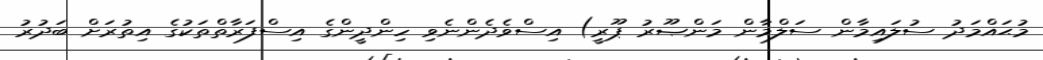
މުޙައްމަދު ސުލައިމާން ސަލްމާން މަންޞޫރު ޕޫރީ) އިސްވެދެންނެވި ހިންދީންގެ އިސްފަރާތްތަކުގެ އިތުރަށް ބަދުރު